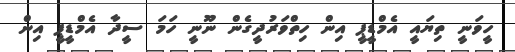
ހީވަނީ ތިޔައީ އެމްޑީޕީ އިން ހިތްވަރުދީގެން ނޫނީ ހަމަ ސީދާ އެމްޑީޕީ އިން